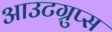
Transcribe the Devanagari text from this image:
आउटग्रुप्स